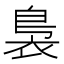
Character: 裊